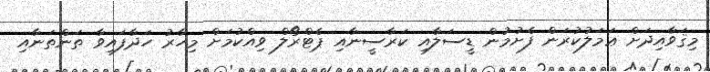
މިޤަވާއިދަށް ޢަމަލުކުރަން ފެށުމުން ޑީސަލާއި ކަރާސީނާއި ޕެޓްރޯލް ވިއްކުމަށް މިހާރު ހަދާފައިވާ ތަންތަނާއި